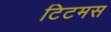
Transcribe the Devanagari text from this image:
टिटमस